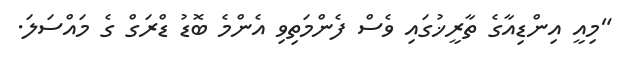
"މިއީ އިންޑިއާގެ ތާރީޚުގައި ވެސް ފެންމަތިވި އެންމެ ބޮޑު ޑްރަގް ގެ މައްސަލަ.